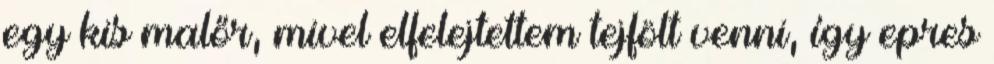
egy kis malőr, mivel elfelejtettem tejfölt venni, így epres